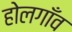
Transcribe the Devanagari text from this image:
होलगाँव